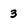
Character: 3